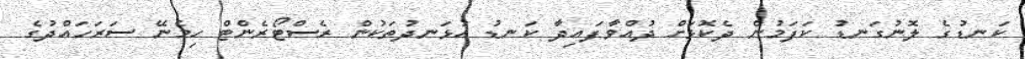
ކަނޑުގެ ލޮނުގަނޑު ކަފަމުން ދެކޮޅަށް ދުއްވާފައިދާ ކަނޑު އުޅަނދުތަކުން ރެސްޓޯރެންޓް ހިމެނޭ ސަރަހައްދުގެ